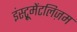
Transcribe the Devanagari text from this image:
इंस्ट्रूमेंटलिज़म